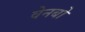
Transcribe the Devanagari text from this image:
वेनबो